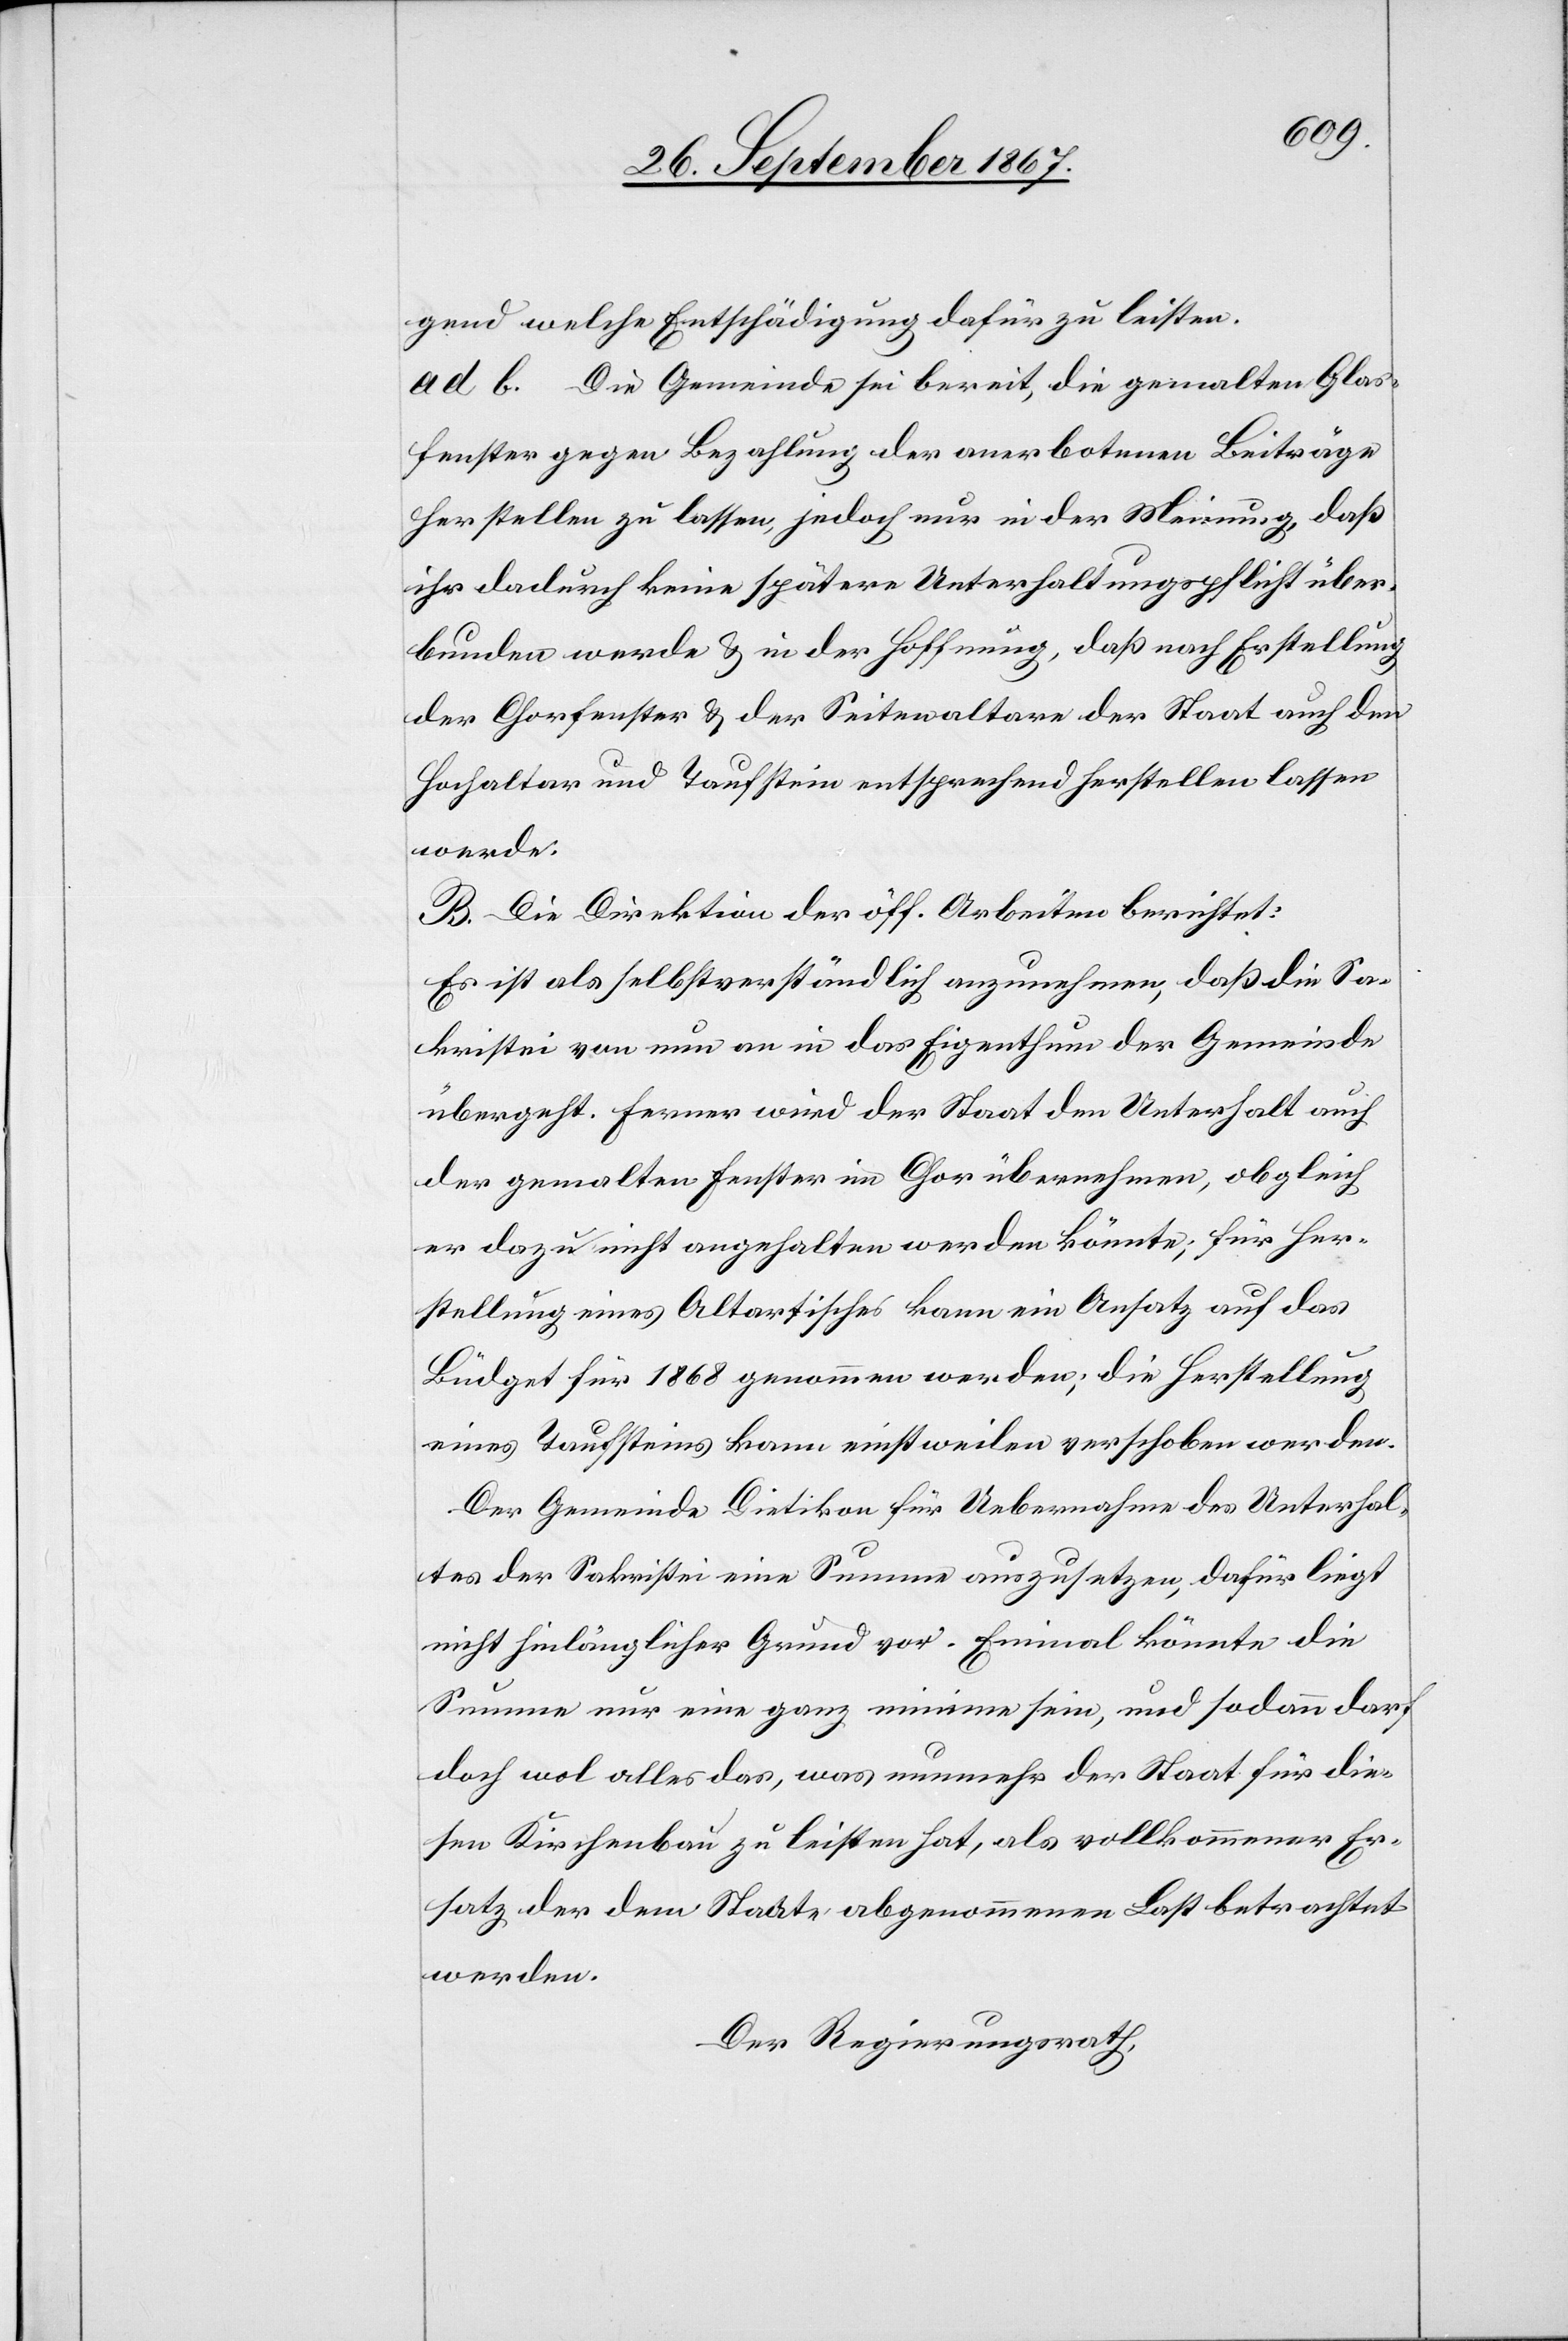
gend welche Entschädigung dafür zu leisten.
ad b. Die Gemeinde sei bereit, die gemalten Glas¬
fenster gegen Bezahlung der anerbotenen Beiträge
herstellen zu lassen, jedoch nur in der Meinung, daß
ihr dadurch keine spätere Unterhaltungspflicht über¬
bunden werde u. in der Hoffnung, daß nach Erstellung
der Chorfenster u. der Seitenaltare der Staat auch den
Hochaltar und Taufstein entsprechend herstellen lassen
werde.
Es ist als selbstverständlich anzunehmen, daß die Sa¬
kristei von nun an in das Eigenthum der Gemeinde
übergeht. Ferner wird der Staat den Unterhalt auch
der gemalten Fenster im Chor übernehmen, obgleich
er dazu nicht angehalten werden könnte; für Her¬
stellung eines Altartisches kann ein Ansatz auf das
Büdget für 1868 genommen werden; die Herstellung
eines Taufsteines kann einstweilen verschoben werden.
Der Gemeinde Dietikon für Uebernahme des Unterhal¬
tes der Sakristei eine Summe auszusetzen, dafür liegt
nicht hinlänglicher Grund vor. Einmal könnte die
Summe nur eine ganz minime sein, und sodann darf
doch wol alles das, was nunmehr der Staat für die¬
sen Kirchenbau zu leisten hat, als vollkommener Er¬
satz der dem Staate abgenommenen Last betrachtet
werden.
Der Regierungsrath,